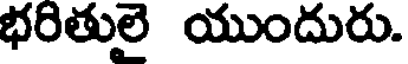
భరితులై యుందురు.